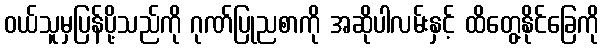
ဝယ်သူမှပြန်ပို့သည်ကို ဂုဏ်ပြုညစာကို အဆိုပါလမ်းနှင့် ထိတွေ့နိုင်ခြေကို